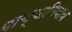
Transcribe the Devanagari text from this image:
याच्याशिवाय